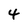
Character: 4